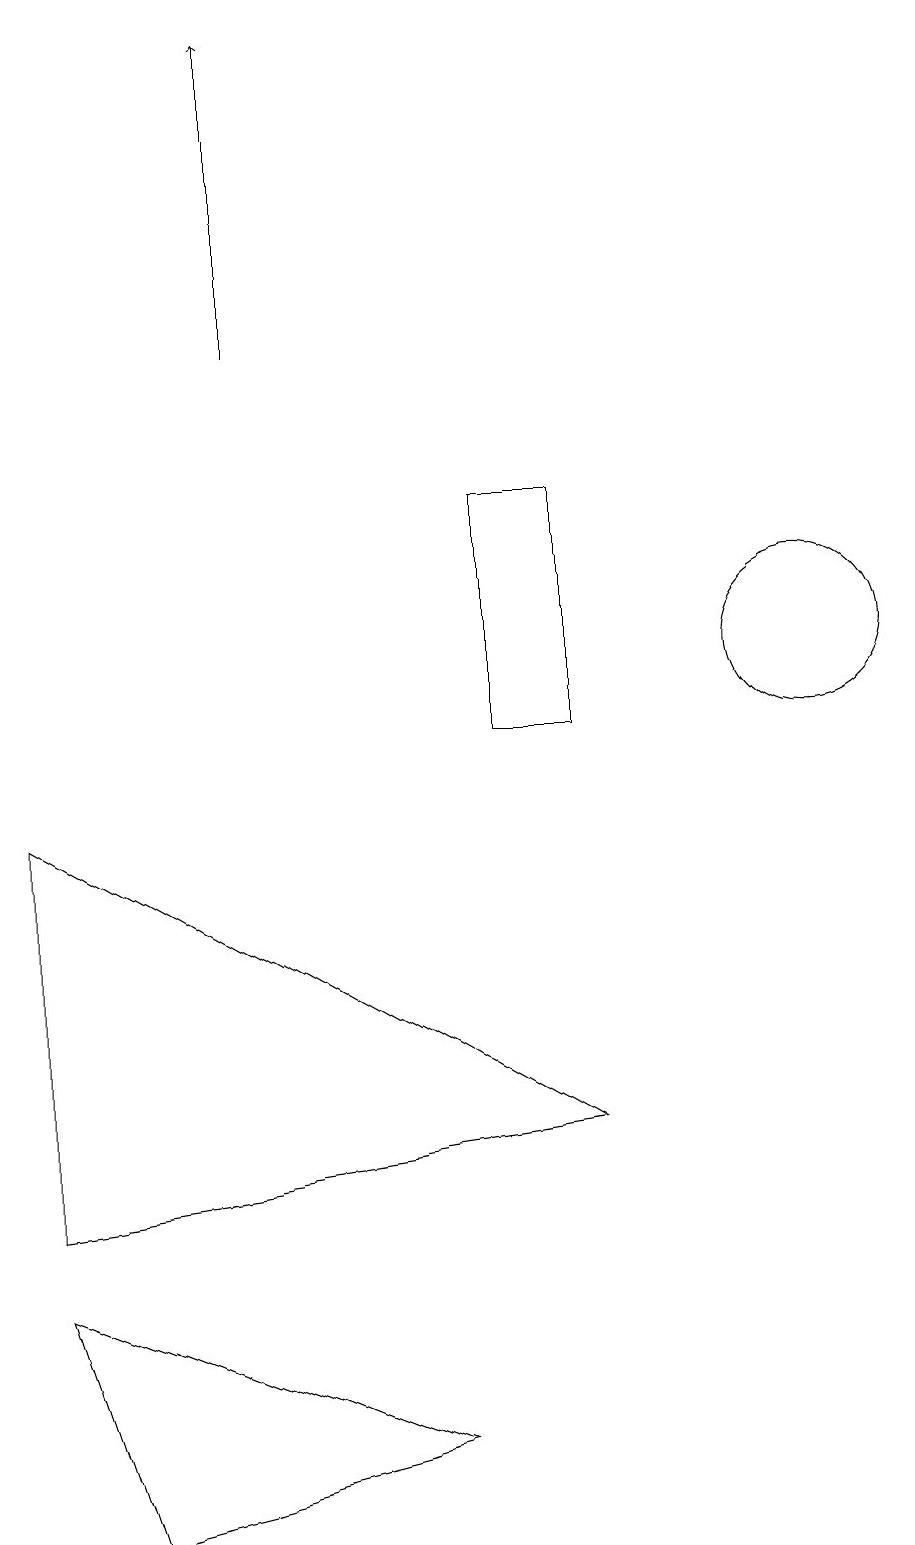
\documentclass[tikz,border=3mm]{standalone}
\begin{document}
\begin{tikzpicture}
\draw (7,1) -- (3,0) -- (2,3) -- cycle;
\draw[->] (5,15) -- (5,19);
\draw (8,10) rectangle (9,13);
\draw (2,4) -- (9,5) -- (2,9) -- cycle;
\draw (12,11) circle (1);
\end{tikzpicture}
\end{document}